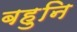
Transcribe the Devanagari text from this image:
बहुनि